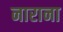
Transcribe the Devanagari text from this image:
नाराना